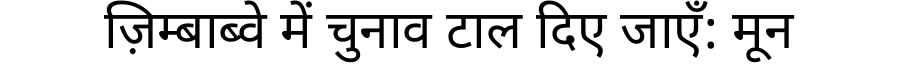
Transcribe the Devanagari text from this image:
ज़िम्बाब्वे में चुनाव टाल दिए जाएँ: मून